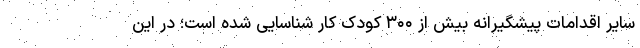
سایر اقدامات پیشگیرانه بیش از ۳۰۰ کودک کار شناسایی شده است؛ در این